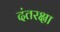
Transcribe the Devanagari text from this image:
दंतरक्षा